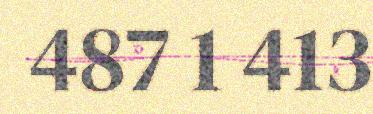
487 1 413